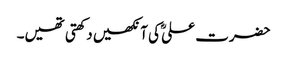
حضرت علیؓ کی آنکھیں دکھتی تھیں۔